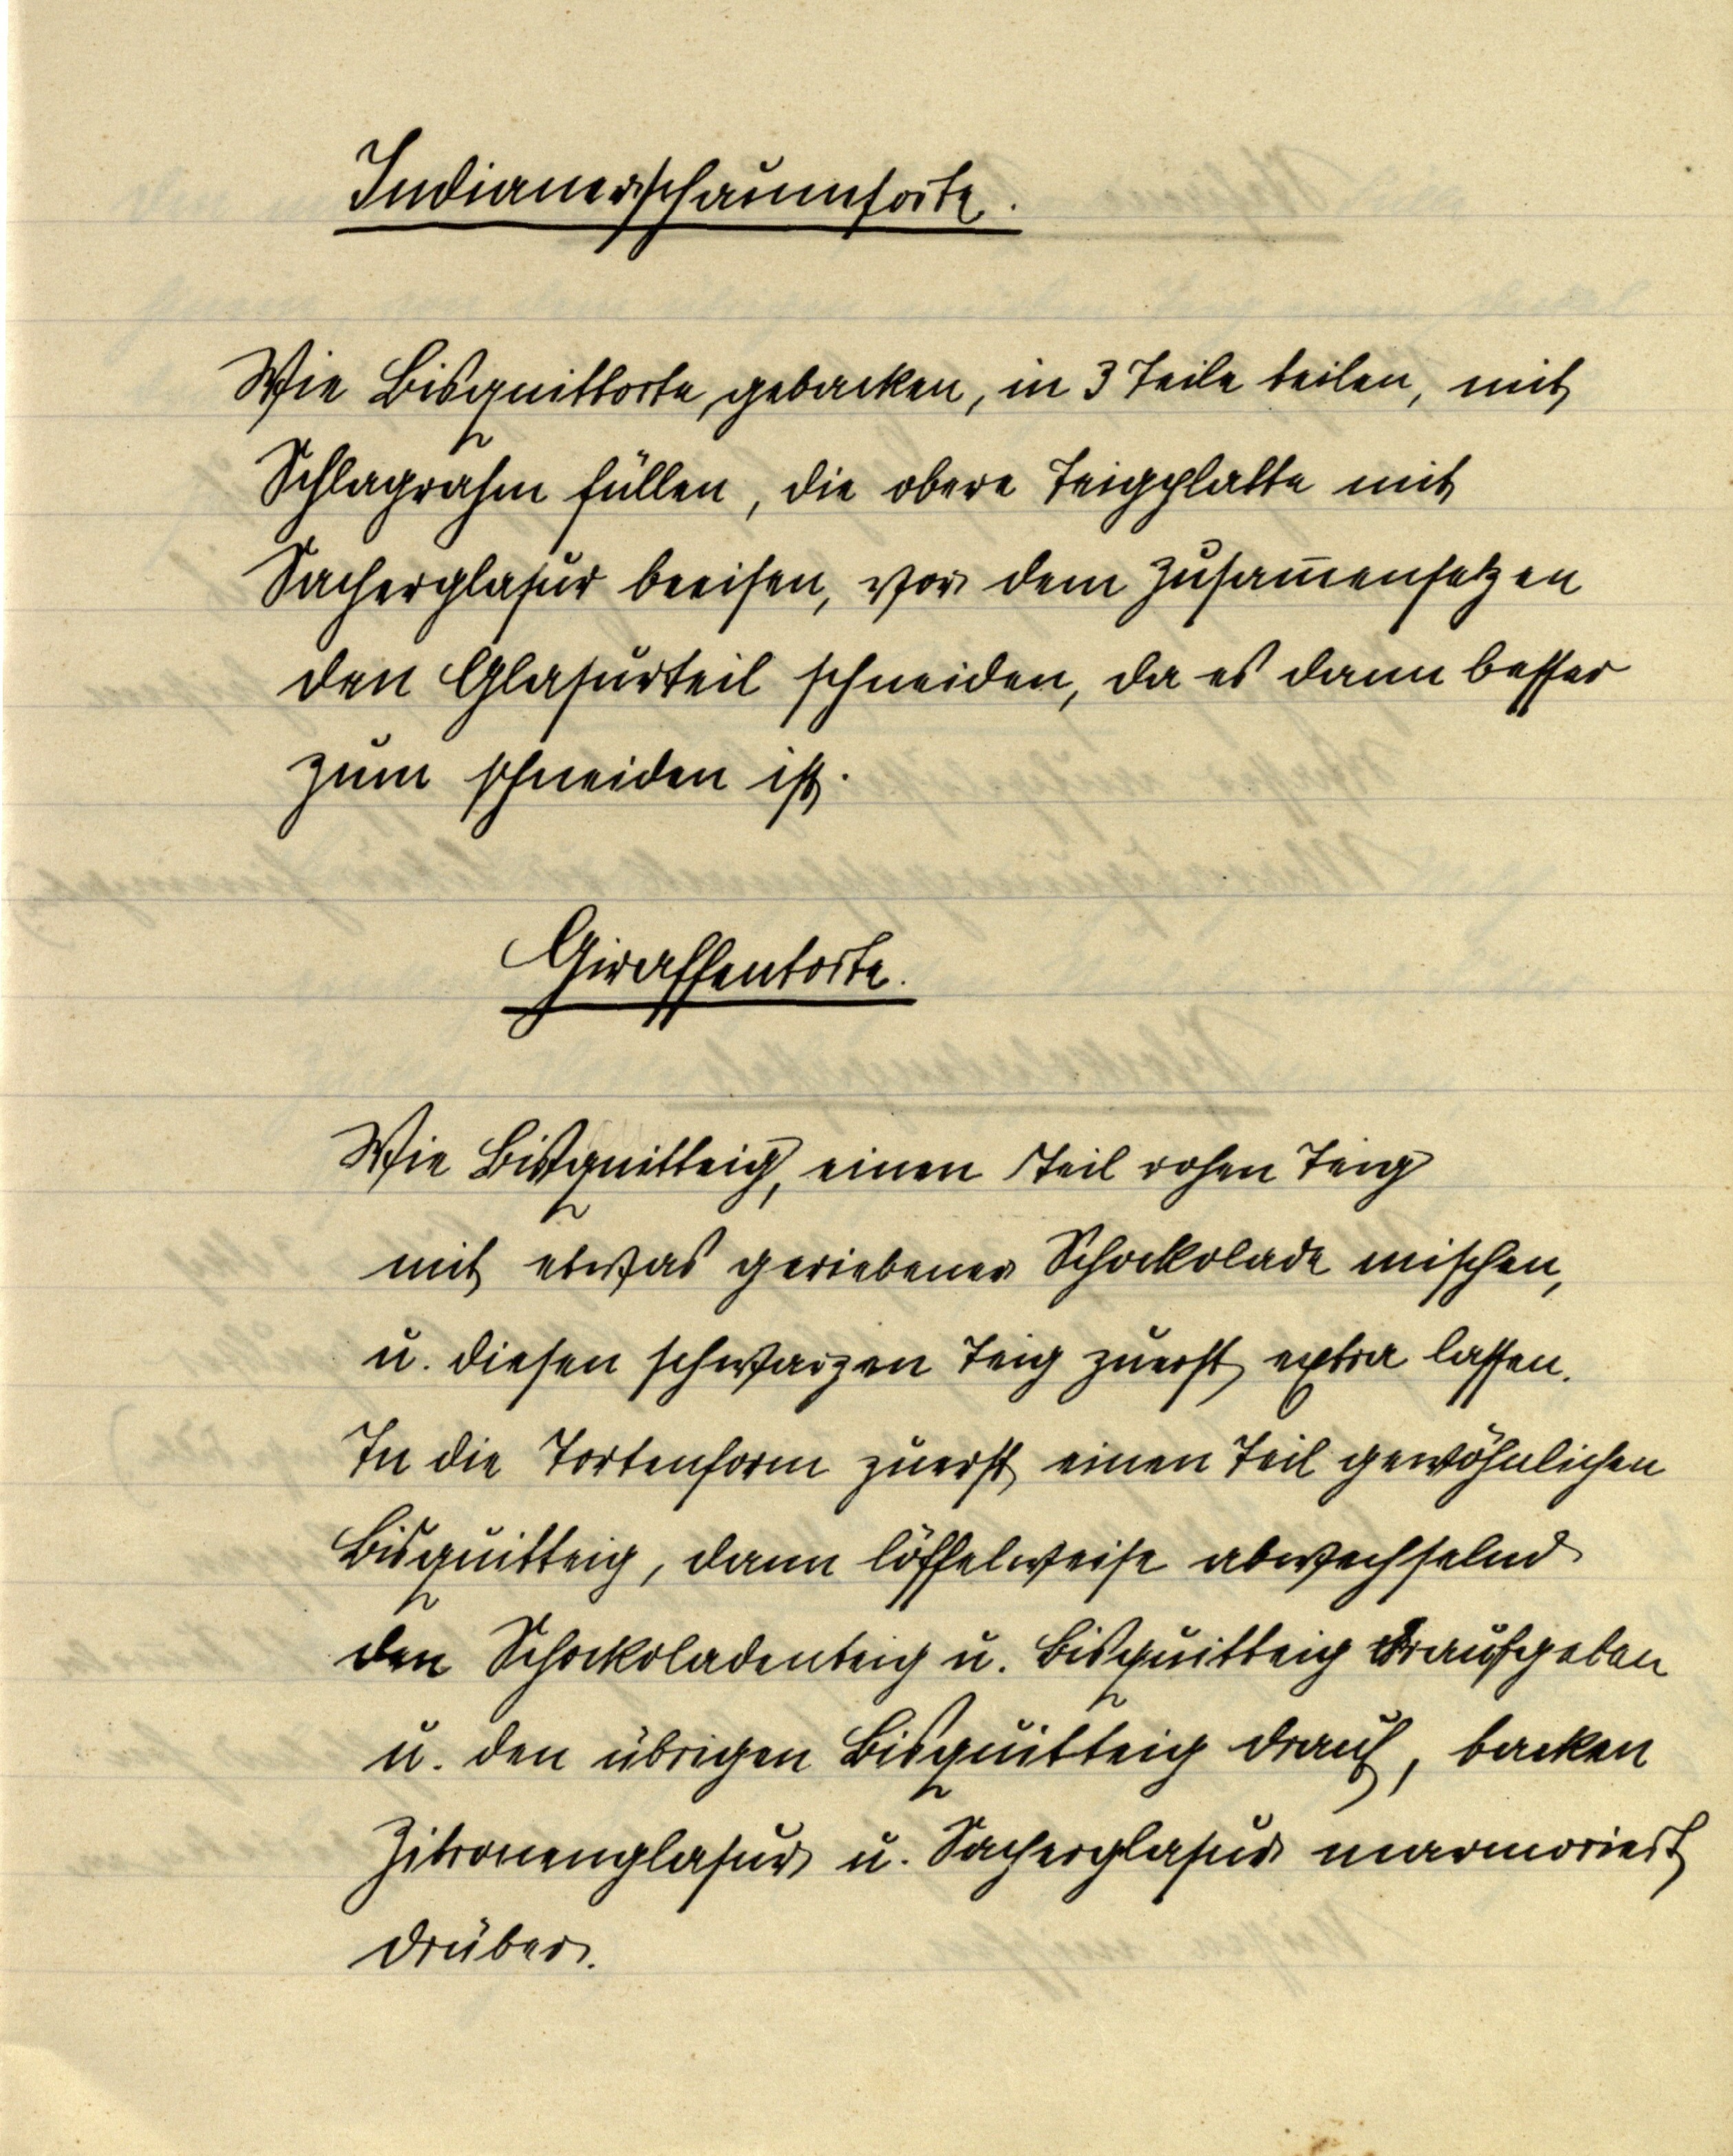
Indianerschaumtorte.

Wie Bisquittorte, gebacken, in 3 Teile teilen, mit
Schlagrahm füllen, die obere Teigplatte mit
Sacherglasur beeisen, vor dem Zusammensetzen
den Glasurteil schneiden, da es dann besser
zum schneiden ist.

Giraffentorte.

Wie Bisquitteig, einen Teil rohen Teig
mit etwas geriebener Schockolade mischen,
u. diesen schwarzen Teig zuerst extra lassen.
In die Tortenform zuerst einen Teil gewöhnlichen
Bisquitteig, dann löffelweise abwechselnd
den Schockoladenteig u. Bisquitteig draufgeben
u. den übrigen Bisquitteig drauf, backen
Zitronenglasur u. Sacherglasur marmoriert
drüber.